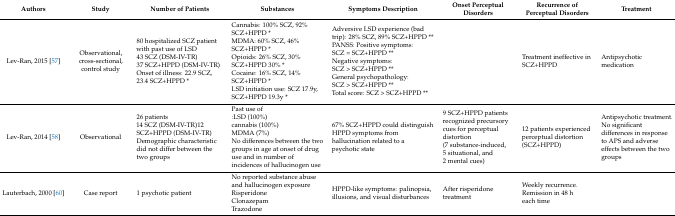
<table><thead><tr><td><b>Authors</b></td><td><b>Study</b></td><td><b>Number of Patients</b></td><td><b>Substances</b></td><td><b>Symptoms Description</b></td><td><b>Onset Perceptual Disorders</b></td><td><b>Recurrence of Perceptual Disorders</b></td><td><b>Treatment</b></td></tr></thead><tbody><tr><td>Lev-Ran, 2015 [57]</td><td>Observational, cross-sectional, control study</td><td>80 hospitalized SCZ patient with past use of LSD 43 SCZ (DSM-IV-TR)37 SCZ+HPPD (DSM-IV-TR)Onset of illness: 22.9 SCZ, 23.4 SCZ+HPPD *</td><td>Cannabis: 100% SCZ, 92% SCZ+HPPD *MDMA: 60% SCZ, 46% SCZ+HPPD *Opioids: 26% SCZ, 30% SCZ+HPPD 30% *Cocaine: 16% SCZ, 14% SCZ+HPPD *LSD initiation use: SCZ 17.9y, SCZ+HPPD 19.3y *</td><td>Adversive LSD experience (bad trip): 28% SCZ, 89% SCZ+HPPD **PANSS: Positive symptoms: SCZ = SCZ+HPPD **Negative symptoms: SCZ &gt; SCZ+HPPD **General psychopathology: SCZ &gt; SCZ+HPPD **Total score: SCZ &gt; SCZ+HPPD **</td><td></td><td>Treatment ineffective in SCZ+HPPD</td><td>Antipsychotic medication </td></tr><tr><td>Lev-Ran, 2014 [58]</td><td>Observational</td><td>26 patients14 SCZ (DSM-IV-TR)12 SCZ+HPPD (DSM-IV-TR)Demographic characteristic did not differ between the two groups</td><td>Past use of:LSD (100%)cannabis (100%)MDMA (7%)No differences between the two groups in age at onset of drug use and in number of incidences of hallucinogen use</td><td>67% SCZ+HPPD could distinguish HPPD symptoms from hallucination related to a psychotic state</td><td>9 SCZ+HPPD patients recognized precursory cues for perceptual distortion (7 substance-induced, 5 situational, and 2 mental cues)</td><td>12 patients experienced perceptual distortion (SCZ+HPPD)</td><td>Antipsychotic treatment.No significant differences in response to APS and adverse effects between the two groups</td></tr><tr><td>Lauterbach, 2000 [60]</td><td>Case report</td><td>1 psychotic patient</td><td>No reported substance abuse and hallucinogen exposureRisperidoneClonazepamTrazodone</td><td>HPPD-like symptoms: palinopsia, illusions, and visual disturbances</td><td>After risperidone treatment</td><td>Weekly recurrence.Remission in 48 h each time</td><td></td></tr></tbody></table>